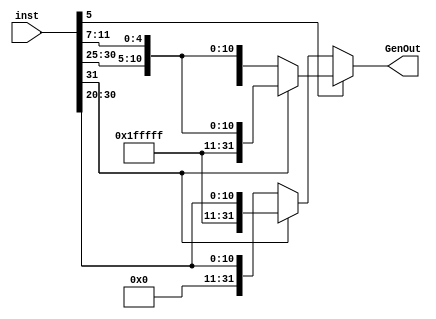
module immGen (
   input [31:0] inst,
   output reg [31:0] GenOut
);

   // Concatenate the bits as intended
   always @* begin
      
   if (inst[5]) begin
    GenOut = (inst[31] == 1'b1) ? {{20{1'b1}}, inst[31:25], inst[11:7]} : {{20{1'b0}}, inst[31:25], inst[11:7]};
   end else begin
    GenOut = (inst[31] == 1'b1) ? {{20{1'b1}}, inst[31:20]} : {{20{1'b0}}, inst[31:20]};
   end
   end

endmodule